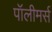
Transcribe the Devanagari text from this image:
पॉलीमर्स